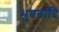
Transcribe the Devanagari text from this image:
भुवनादि